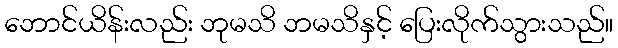
ဘောင်ယိန်းလည်း ဘုမသိ ဘမသိနှင့် ပြေးလိုက်သွားသည်။